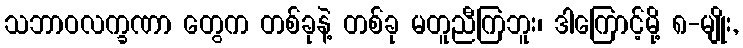
သဘာဝလက္ခဏာ တွေက တစ်ခုနဲ့ တစ်ခု မတူညီကြဘူး၊ ဒါကြောင့်မို့ ၈-မျိုး,